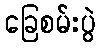
ခြေစမ်းပွဲ